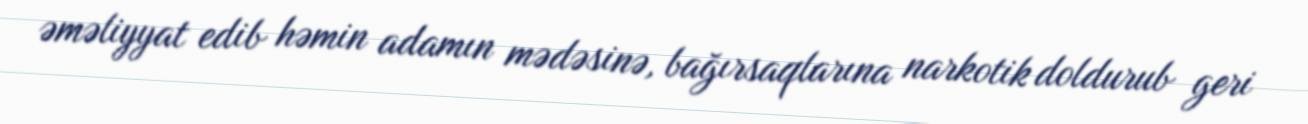
əməliyyat edib həmin adamın mədəsinə, bağırsaqlarına narkotik doldurub geri